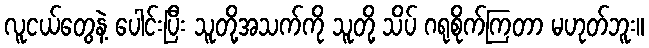
လူငယ်တွေနဲ့ ပေါင်းပြီး သူတို့အသက်ကို သူတို့ သိပ် ဂရုစိုက်ကြတာ မဟုတ်ဘူး။